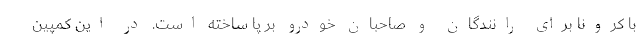
با کرونا برای رانندگان و صاحبان خودرو بر پا ساخته است. در این کمپین